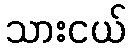
သားငယ်